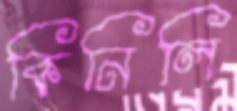
কিনিলি